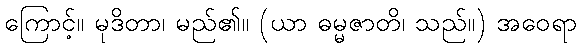
ကြောင့်။ မုဒိတာ၊ မည်၏။ (ယာ ဓမ္မဇာတိ၊ သည်။) အဝေရာ